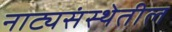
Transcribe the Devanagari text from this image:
नाट्यसंस्थेतील